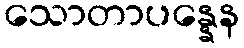
သောတာပန္နေန